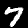
Digit: 7